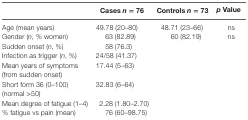
<table><thead><tr><td></td><td><b>Cases <i>n</i> = 76</b></td><td><b>Controls <i>n</i> = 73</b></td><td><b><i>p</i> Value</b></td></tr></thead><tbody><tr><td>Age (mean years)</td><td>49.78 (20–80)</td><td>48.71 (23–66)</td><td>ns</td></tr><tr><td>Gender (<i>n</i>, % women)</td><td>63 (82.89)</td><td>60 (82.19)</td><td>ns</td></tr><tr><td>Sudden onset (<i>n</i>, %)</td><td>58 (76.3)</td><td></td><td></td></tr><tr><td>Infection as trigger (<i>n</i>, %)</td><td>24/58 (41.37)</td><td></td><td></td></tr><tr><td>Mean years of symptoms (from sudden onset)</td><td>17.44 (5–63)</td><td></td><td></td></tr><tr><td>Short form 36 (0–100) (normal &gt;50)</td><td>32.83 (6–64)</td><td></td><td></td></tr><tr><td>Mean degree of fatigue (1–4)</td><td>2.28 (1.80–2.70)</td><td></td><td></td></tr><tr><td>% fatigue vs pain (mean)</td><td>76 (60–98.75)</td><td></td><td></td></tr></tbody></table>